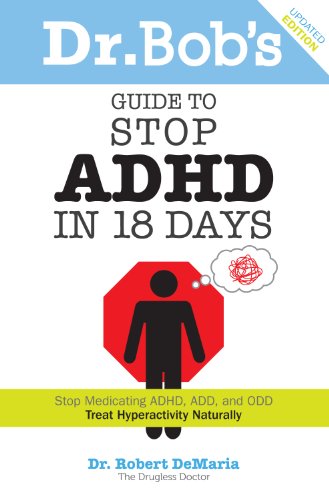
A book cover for Dr. Bob's Guide to Stop ADHD in 18 Days; Robert DeMaria; Health, Fitness & Dieting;